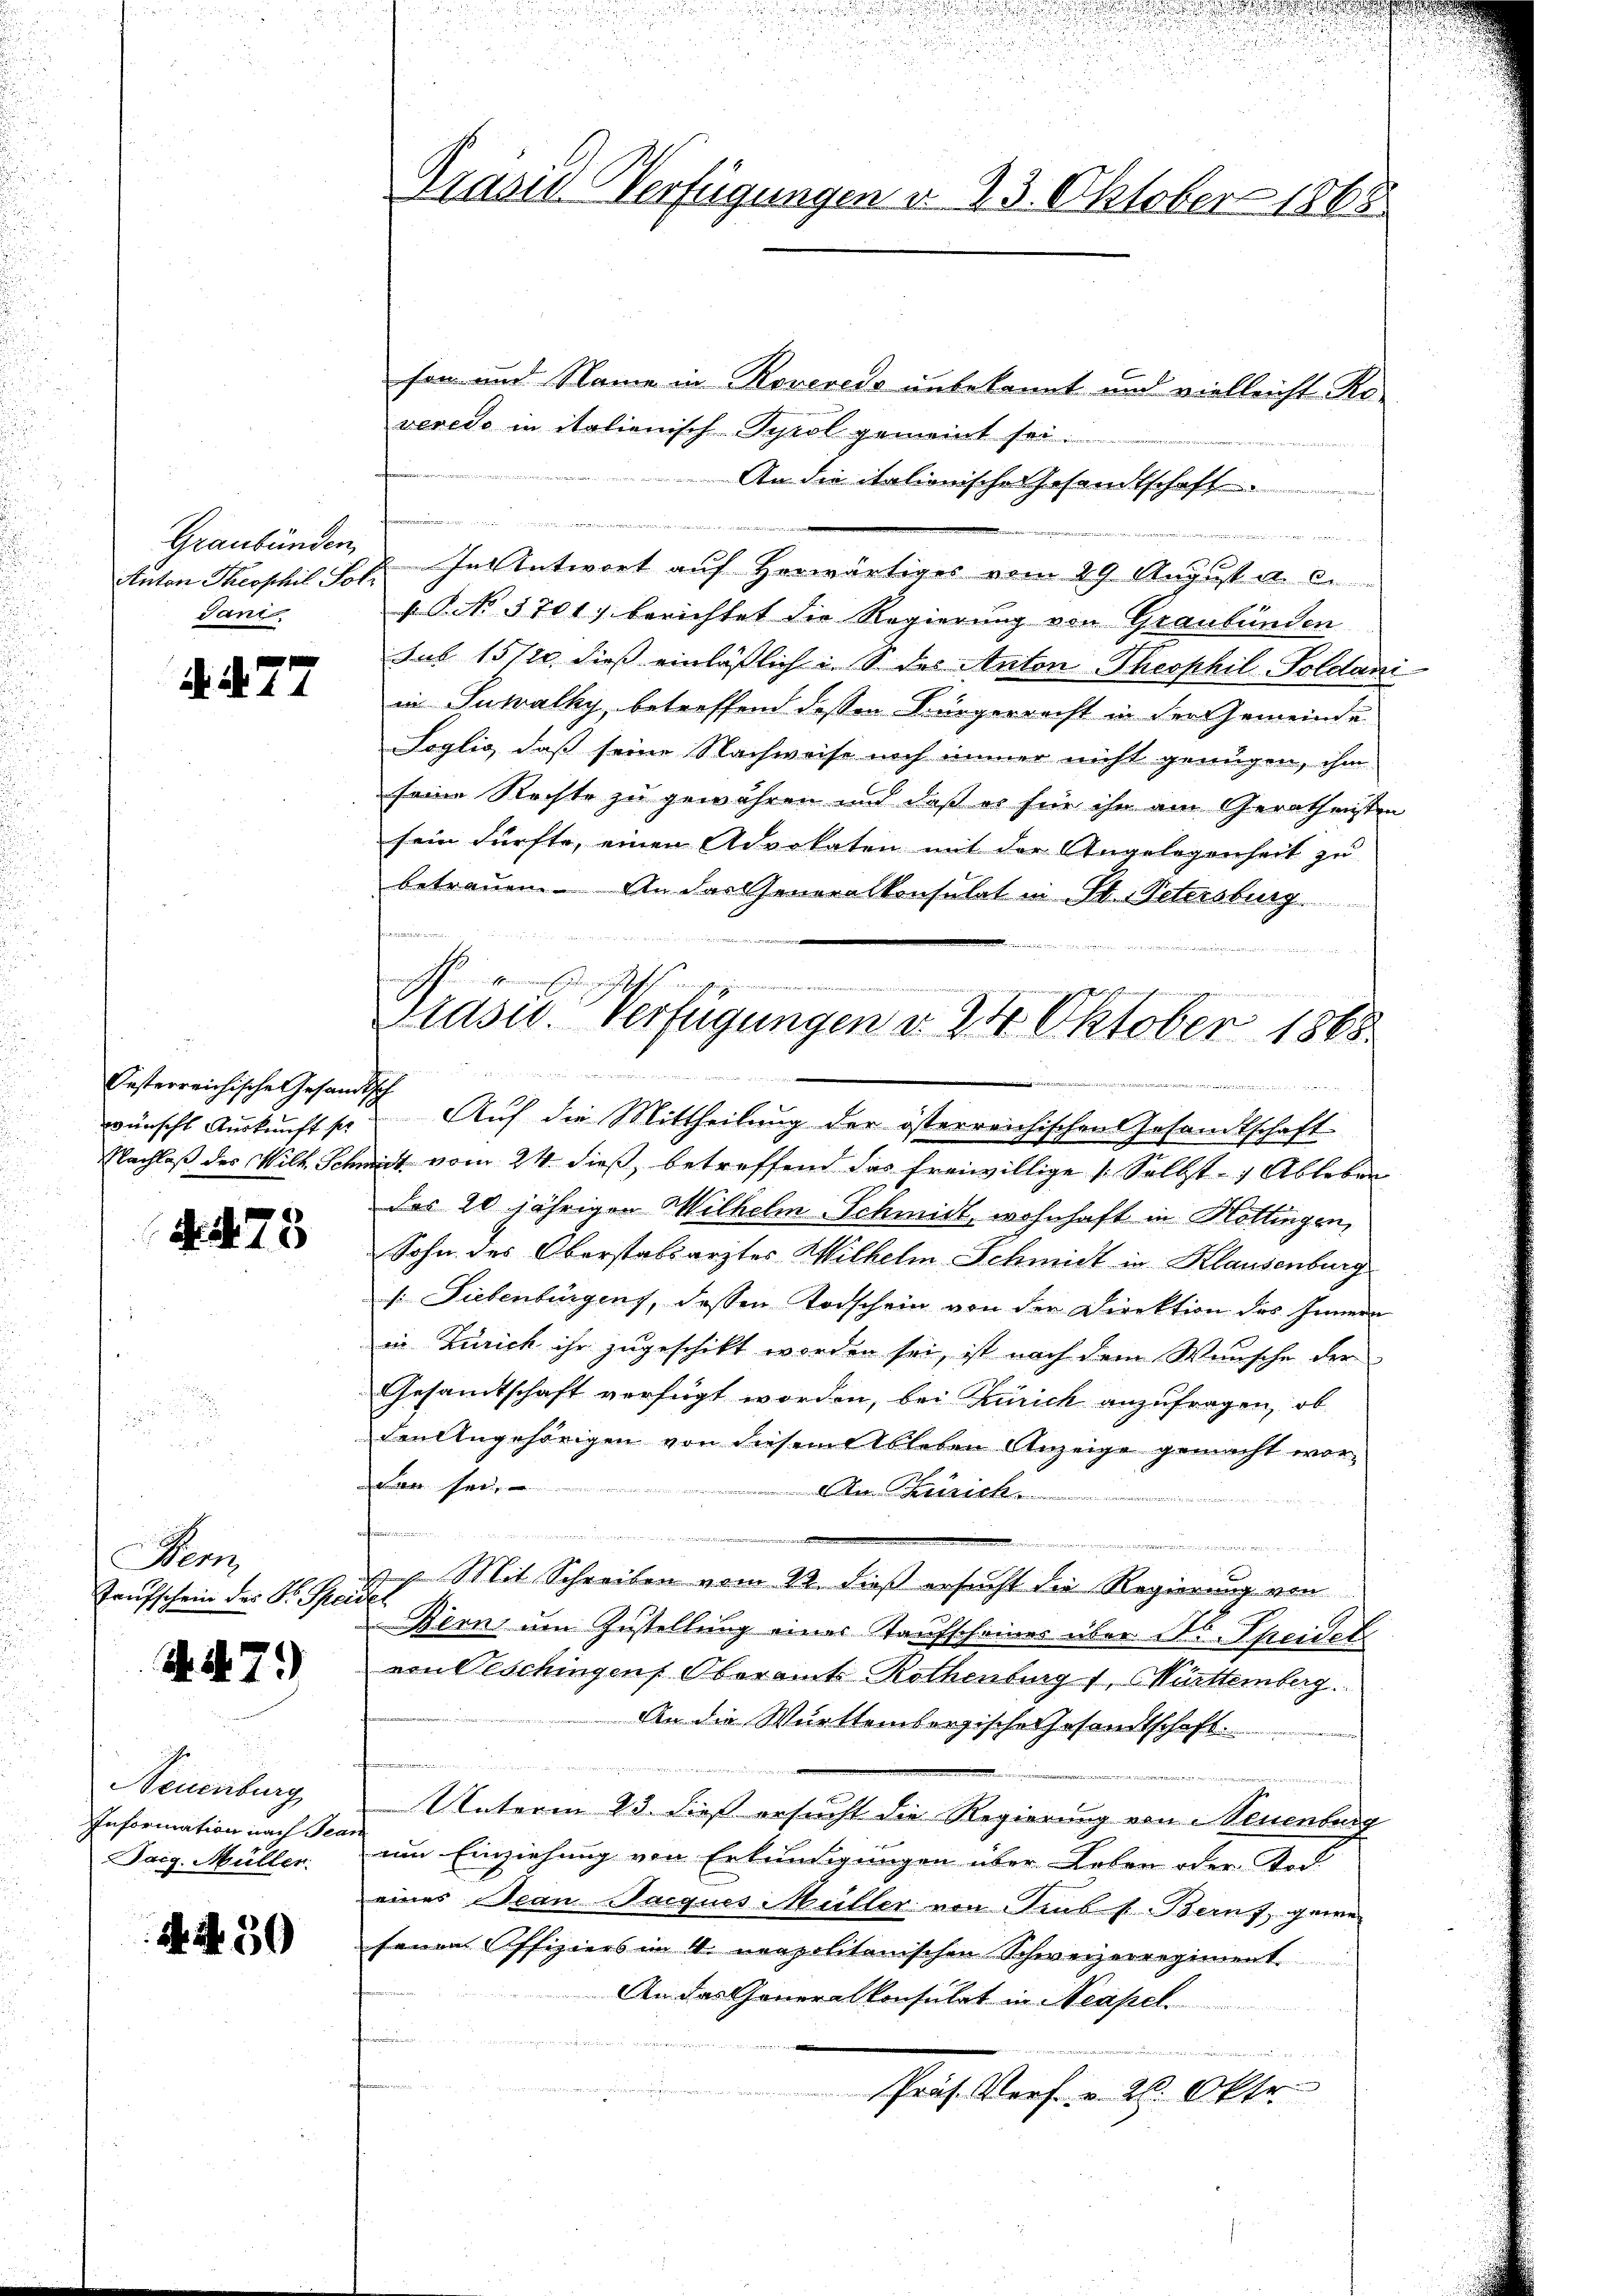
Anton Theophil Sol
Jani

d. d. 27

Oesterreichische Gesandtsch

A. 73

Bern,
Taufschein des Dr. Seidel

N. N. 7.

Neuenburg
Information nach Tea
Taig. Müller.

A N. 39

Präsid Verfügungen d. 23. Oktober 1868

sen und Name in Rovereis unbekannt und vielleicht Roveredo in italienisch Tyrol gemeint sei.
An die italienische Gesandtschaft

Graubünden. In Antwort auf Herwärtiges vom 29. August a. c.
NNo. 5701) berichtet die Regierung von Graubünden
sub 1572 dieß einläßlicht des Anton Theophil Soldani
in Suwalky, betreffend dessen Bürgerrecht in der Gemeinde
Soglio, daß seine Nachweise noch immer nicht genügen, ihm
seine Rechte zu gewähren und daß es für ihn am Gerathensten
sein dürfte, einen Advokaten mit der Angelegenheit zu
betrauen. An das Generalkonsulat in St. Petersburg
e

wünscht Auskunft so Auf die Mittheilung der österreichischen Gesandtschaft
Nachlaß des Wilh. Schmidt vom 24. dieß, betreffend das freiwillige 1. Selbst - Ableben
das 20 jährigen Wilhelm Schmidt, wohnhaft in Hottingen,
Sohn des Oberstabsarztes Wilhelm Schmidt in Klausenburg
/. Liebenbürgen, dessen Todschein von der Direktion des Innern
in Zürich ihr zugeschikt worden sei, ist nach dem Wunsche der
Gesandtschaft verfügt worden, bei Zürich anzufragen, ob
den Angehörigen von diesem Ableben Anzeige gemacht wor¬
Le se
tien Gerich

t
.
sp. Mit Schreiben vom 22. dieß ersucht die Regierung von
Bern um Zustellung eines Taufscheines über ds Speidet
von Oeschingen Oberamt Rothenburg 1. Märttemberg.
An die Württembergische Gesandtschaft.

Unterm 23. dieß ersucht die Regierung von Neuenburg
um Einziehung von Erkundigungen über Leben oder Tod.
eines Bean Jacques Müller von Trubs Bern, gene
fenen Offiziers im 4. neapolitanischen Schweizerregiment
An das Generalkonsulat in Neapel.

Paus. Verf. v. 28. Okto

t
masch hineintens gericht schofe einzugemmungenommen
Präsid. Verfügungen d. 24 Oktober 1868